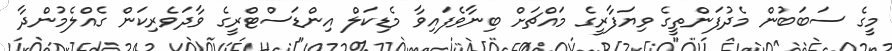
މީގެ ސަބަބުން މެދުފަންތީގެ ވިޔަފާރީގެ މައްޗަށް ބިނާވެފައިވާ މެޑިކަލް އިންޑަސްޓްރީގެ ވާދަވެރިކަން ގެއްލެމުންދާ